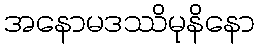
အနောမဒဿိမုနိနော